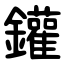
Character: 鑵